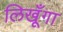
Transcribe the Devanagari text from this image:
लिखूँगा